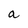
Character: a